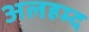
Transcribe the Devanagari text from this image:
अलहम्द